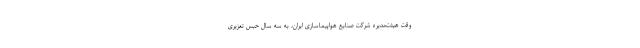
وقت هیئت‌مدیره شرکت صنایع هواپیماسازی ایران، به سه سال حبس تعزیری